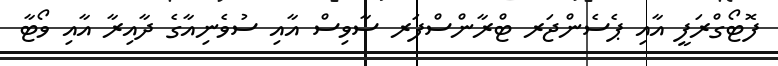
ފޮޓޯގްރަފީ އާއި ޕެސެންޖަރ ޓްރާންސްފަރ ސާވިސް އާއި ސުވެނިއާގެ ދާއިރާ އާއި ވޯޓާ